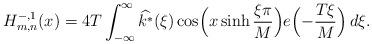
LaTeX: \begin{align*}H_{m, n}^{-,1}(x) = 4 T \int_{-\infty}^{\infty} \widehat{k^*}(\xi) \cos \Bigl( x \sinh \frac{\xi \pi}{M} \Bigr) e\Bigl( -\frac{T \xi}{M} \Bigr) \, d \xi.\end{align*}